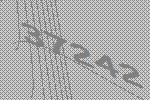
37242